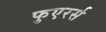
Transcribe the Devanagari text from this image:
फुएरर्स